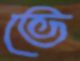
ভে